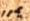
يمرر